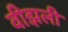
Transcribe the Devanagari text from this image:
वीझली